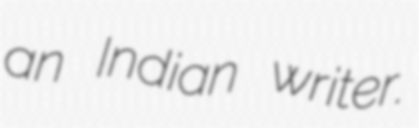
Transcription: an Indian writer.